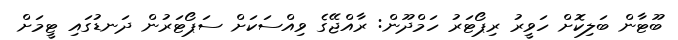
ބޫޓާން ބަލިކޮށް ހަވީރު ރިޕޯޓަރު ހަމްދޫން: ރާއްޖޭގެ ވިއްސަކަށް ސަޕޯޓަރުން ދަނޑުގައި ޓީމަށް